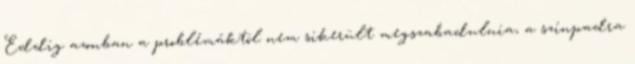
Eddig azonban a problémáktól nem sikerült megszabadulnia, a színpadra